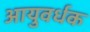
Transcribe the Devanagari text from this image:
आयुवर्धक